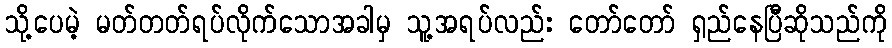
သို့ပေမဲ့ မတ်တတ်ရပ်လိုက်သောအခါမှ သူ့အရပ်လည်း တော်တော် ရှည်နေပြီဆိုသည်ကို